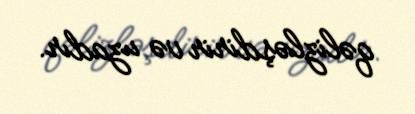
qəlizləşdirir və uzadır.